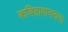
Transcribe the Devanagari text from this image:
कवितावाचनाचा